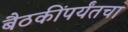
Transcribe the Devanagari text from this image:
बैठकींपर्यंतचा